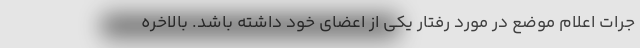
جرات اعلام موضع در مورد رفتار یکی از اعضای خود داشته باشد. بالاخره